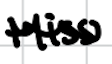
Text: Miss
Cross-out: wave
Writing tool: digital_black